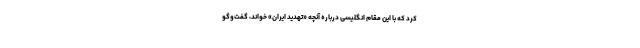
کرد که با این مقام انگلیسی درباره آنچه «تهدید ایران» خواند، گفت‌وگو